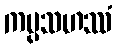
ကပ္ပသဟဿံ